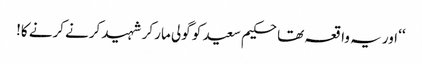
‘‘ اور یہ واقعہ تھا حکیم سعید کو گولی مار کر شہید کرنے کرنے کا!